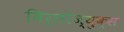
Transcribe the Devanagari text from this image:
विर्लोज्युक्स